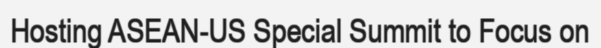
Hosting ASEAN-US Special Summit to Focus on